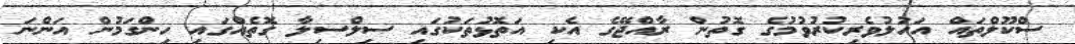
ސްކޫލްތައް އަހުލުވެރިކުރުވުމުގެ ގޮތުން ރާއްޖޭގެ އެކި އަތޮޅުތަކުގައި ސިލްސިލާ ގޮތެއްގައި ހިންގަމުން އަންނަ